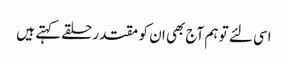
اسی لئے تو ہم آج بھی ان کو مقتدر حلقے کہتے ہیں